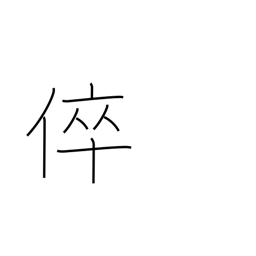
Meaning: my son